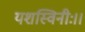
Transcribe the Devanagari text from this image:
यशस्विनीः।।